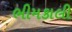
ભીમકાલી